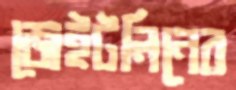
জেইটলিনের